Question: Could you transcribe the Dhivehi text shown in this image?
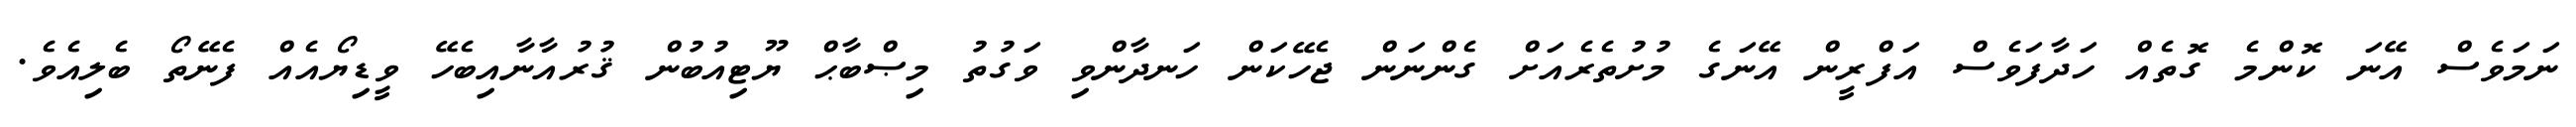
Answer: ނަމަވެސް އޭނަ ކޮންމެ ގޮތެއް ހަދާފަވެސް އަފްރީން އޭނަގެ މުށުތެރެއަށް ގެންނަން ޖެހޭކަން ހަނދާންވި ވަގުތު މިޞްބާޙް ޔޫޓިއުބުން ޤުރުއާނާއިބެހޭ ވީޑިޔޯއެއް ފެނޭތޯ ބެލިއެވެ.